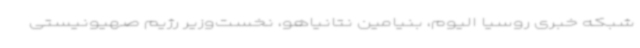
شبکه خبری روسیا الیوم، بنیامین نتانیاهو، نخست‌وزیر رژیم صهیونیستی